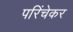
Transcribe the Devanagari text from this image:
परिंचेकर